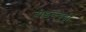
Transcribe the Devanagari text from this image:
बीडब्ल्यूडी